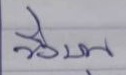
วิ่งบน